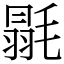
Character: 毾